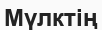
Мүлктің